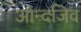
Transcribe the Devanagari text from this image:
ओन्दजिव